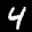
Label: 4